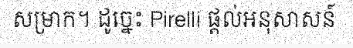
សម្រាក។ ដូច្នេះ Pirelli ផ្តល់អនុសាសន៍